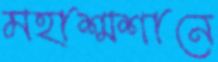
মহাশ্মশানে